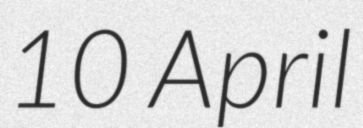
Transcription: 10 April